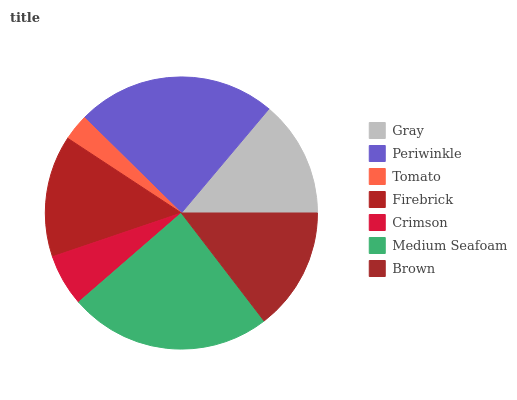
| Gray | Periwinkle | Tomato | Firebrick | Crimson | Medium Seafoam | Brown |
 | --- | --- | --- | --- | --- | --- | --- |
 | 13.9% | 23.7% | 3.12% | 14.5% | 6.16% | 24% | 14.6% |